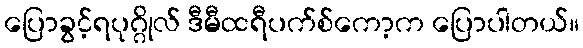
ပြောခွင့်ရပုဂ္ဂိုလ် ဒီမီထရီပက်စ်ကော့က ပြောပါတယ်။